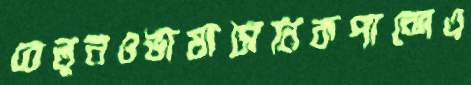
বেলুনওভাষাসৈনিকপান্দেএ